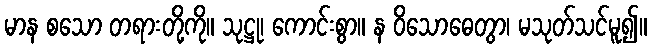
မာန စသော တရားတို့ကို။ သုဋ္ဌု၊ ကောင်းစွာ။ န ဝိသောဓေတွာ၊ မသုတ်သင်မူ၍။